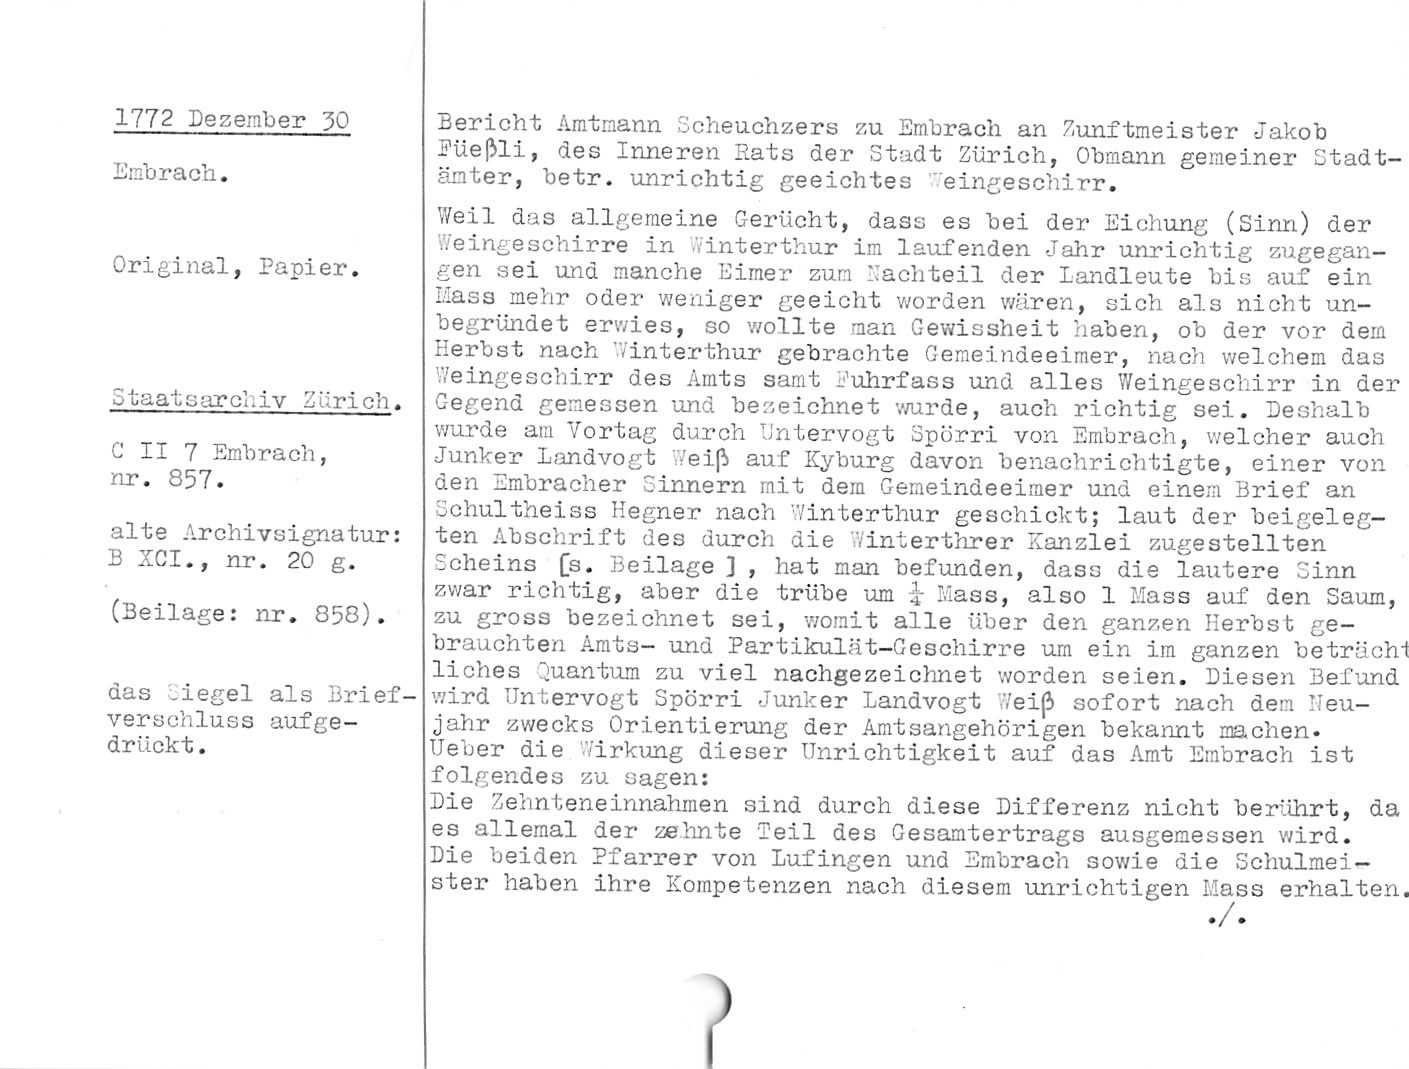
1772 Dezember 30

Embrach.

Original, Papier.

Staatsarchiv Zürich.

C II 7 Embrach,
nr. 857.

alte Archivsignatur:
B XCI., nr. 20 g.

(Beilage: nr. 858).

das Siegel als Brief¬
verschluss aufge¬
drückt .

Bericht Amtmann Scheuchzers zu Embrach an Zunftmeister Jakob
Füeßli, des Inneren Rats der Stadt Zürich, Obmann gemeiner Stadt¬
ämter, betr. unrichtig geeichtes Weingeschirr.

Weil das allgemeine Gerücht, dass es bei der Eichung (Sinn) der
Weingeschirre in Winterthur im laufenden Jahr unrichtig zugegan¬
gen sei und manche Eimer zum Nachteil der Landleute bis auf ein
Mass mehr oder weniger geeicht worden wären, sich als nicht un¬
begründet erwies, so wollte man Gewissheit haben, ob der vor dem
Herbst nach Winterthur gebrachte Gemeindeeimer, nach welchem das
Weingeschirr des Amts samt Fuhrfass und alles Weingeschirr in der
Gegend gemessen und bezeichnet wurde, auch richtig sei. Deshalb
wurde am Vortag durch Untervogt Spörri von Embrach, welcher auch
Junker Landvogt Weiß auf Kyburg davon benachrichtigte, einer von
den Embracher Sinnern mit dem Gemeindeeimer und einem Brief an
Schultheiss Hegner nach Winterthur geschickt; laut der beigeleg¬
ten Abschrift des durch die Winterthrer Kanzlei zugestellten
Scheins [s. Beilage ] , hat man befunden, dass die lautere Sinn
zwar richtig, aber die trübe um i Mass, also 1 Mass auf den Saum,
zu gross bezeichnet sei, womit alle über den ganzen Herbst ge¬
brauchten Amts- und Partikulät-Geschirre um ein im ganzen beträcht
liches Quantum zu viel nachgezeichnet worden seien. Diesen Befund
wird Untervogt Spörri Junker Landvogt Weiß sofort nach dem Neu¬
jahr zwecks Orientierung der Amtsangehörigen bekannt machen.

Ueber die Wirkung dieser Unrichtigkeit auf das Amt Embrach ist
folgendes zu sagen:

Die Zehnteneinnahmen sind durch diese Differenz nicht berührt, da
es allemal der zehnte Teil des Gesamtertrags ausgemessen wird.

Die beiden Pfarrer von Lufingen und Embrach sowie die Schulmei¬
ster haben ihre Kompetenzen nach diesem unrichtigen Mass erhalten.